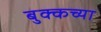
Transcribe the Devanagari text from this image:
बुक्कच्या